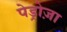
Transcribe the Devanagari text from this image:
पेड्रोज़ा